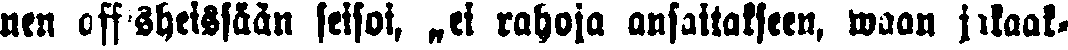
nen offisheissään seisoi, „ei rahoja ansaitakseen, waan jakaak-